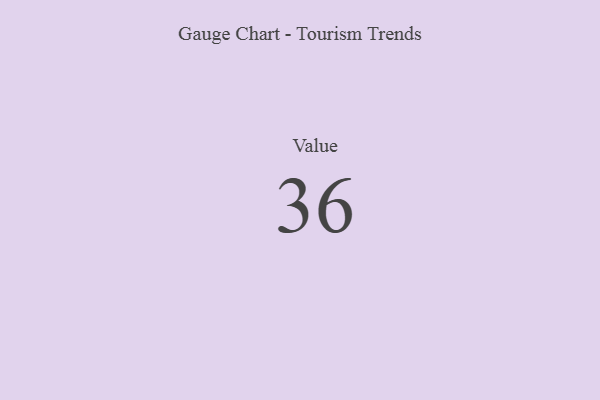
{"axis": {"x": "Metric", "y": "Value"}, "legend": [""], "data": [{"x": "Value", "y": 36, "type": ""}]}